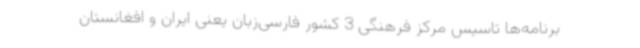
برنامه‌ها تاسیس مرکز فرهنگی 3 کشور فارسی‌زبان یعنی ایران و افغانستان